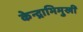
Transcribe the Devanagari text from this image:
केन्द्राभिमुखी